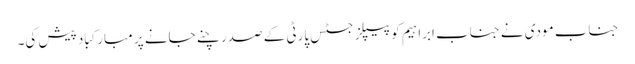
جناب مودی نے جناب ابراہیم کو پیپلز جسٹس پارٹی کے صدر چنے جانے پر مبارکباد پیش کی۔